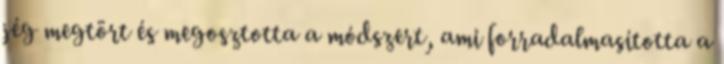
jég megtört és megosztotta a módszert, ami forradalmasította a